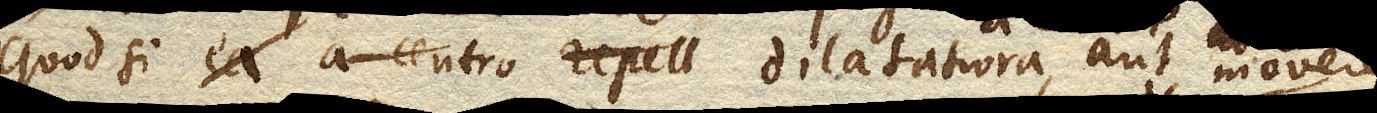
Quod si ea a centro repell dilatatiora a centro, aut